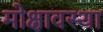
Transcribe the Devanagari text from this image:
मोक्षावस्था